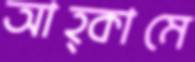
আহ্কামে